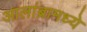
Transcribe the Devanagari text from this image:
आलांब्रामध्ये